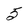
Character: 5